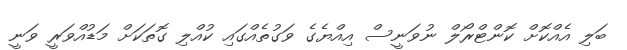
ބަލި އެއްކޮށް ކޮންޓްރޯލް ނުވަނީސް އިއްޔެގެ ވަގުތެއްގައި ކުއްލި ގޮތަކަށް މަޑުއްވަރީ ވަނީ